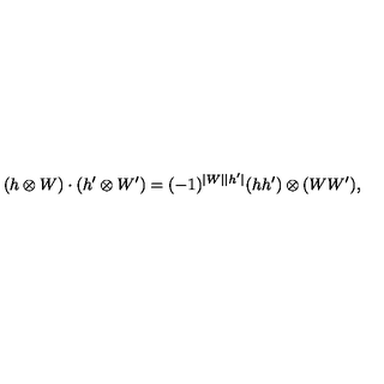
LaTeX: ( h \otimes W ) \cdot ( h ^ { \prime } \otimes W ^ { \prime } ) = ( - 1 ) ^ { \vert W \vert \vert h ^ { \prime } \vert } ( h h ^ { \prime } ) \otimes ( W W ^ { \prime } ) ,